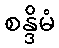
စန္ဒိမံ